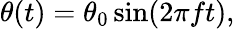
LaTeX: \begin{array}{r}{\theta(t)=\theta_{0}\sin(2\pi ft),}\end{array}